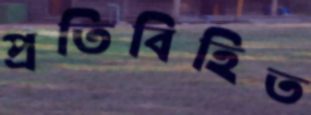
প্রতিবিহিত